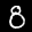
Label: 8